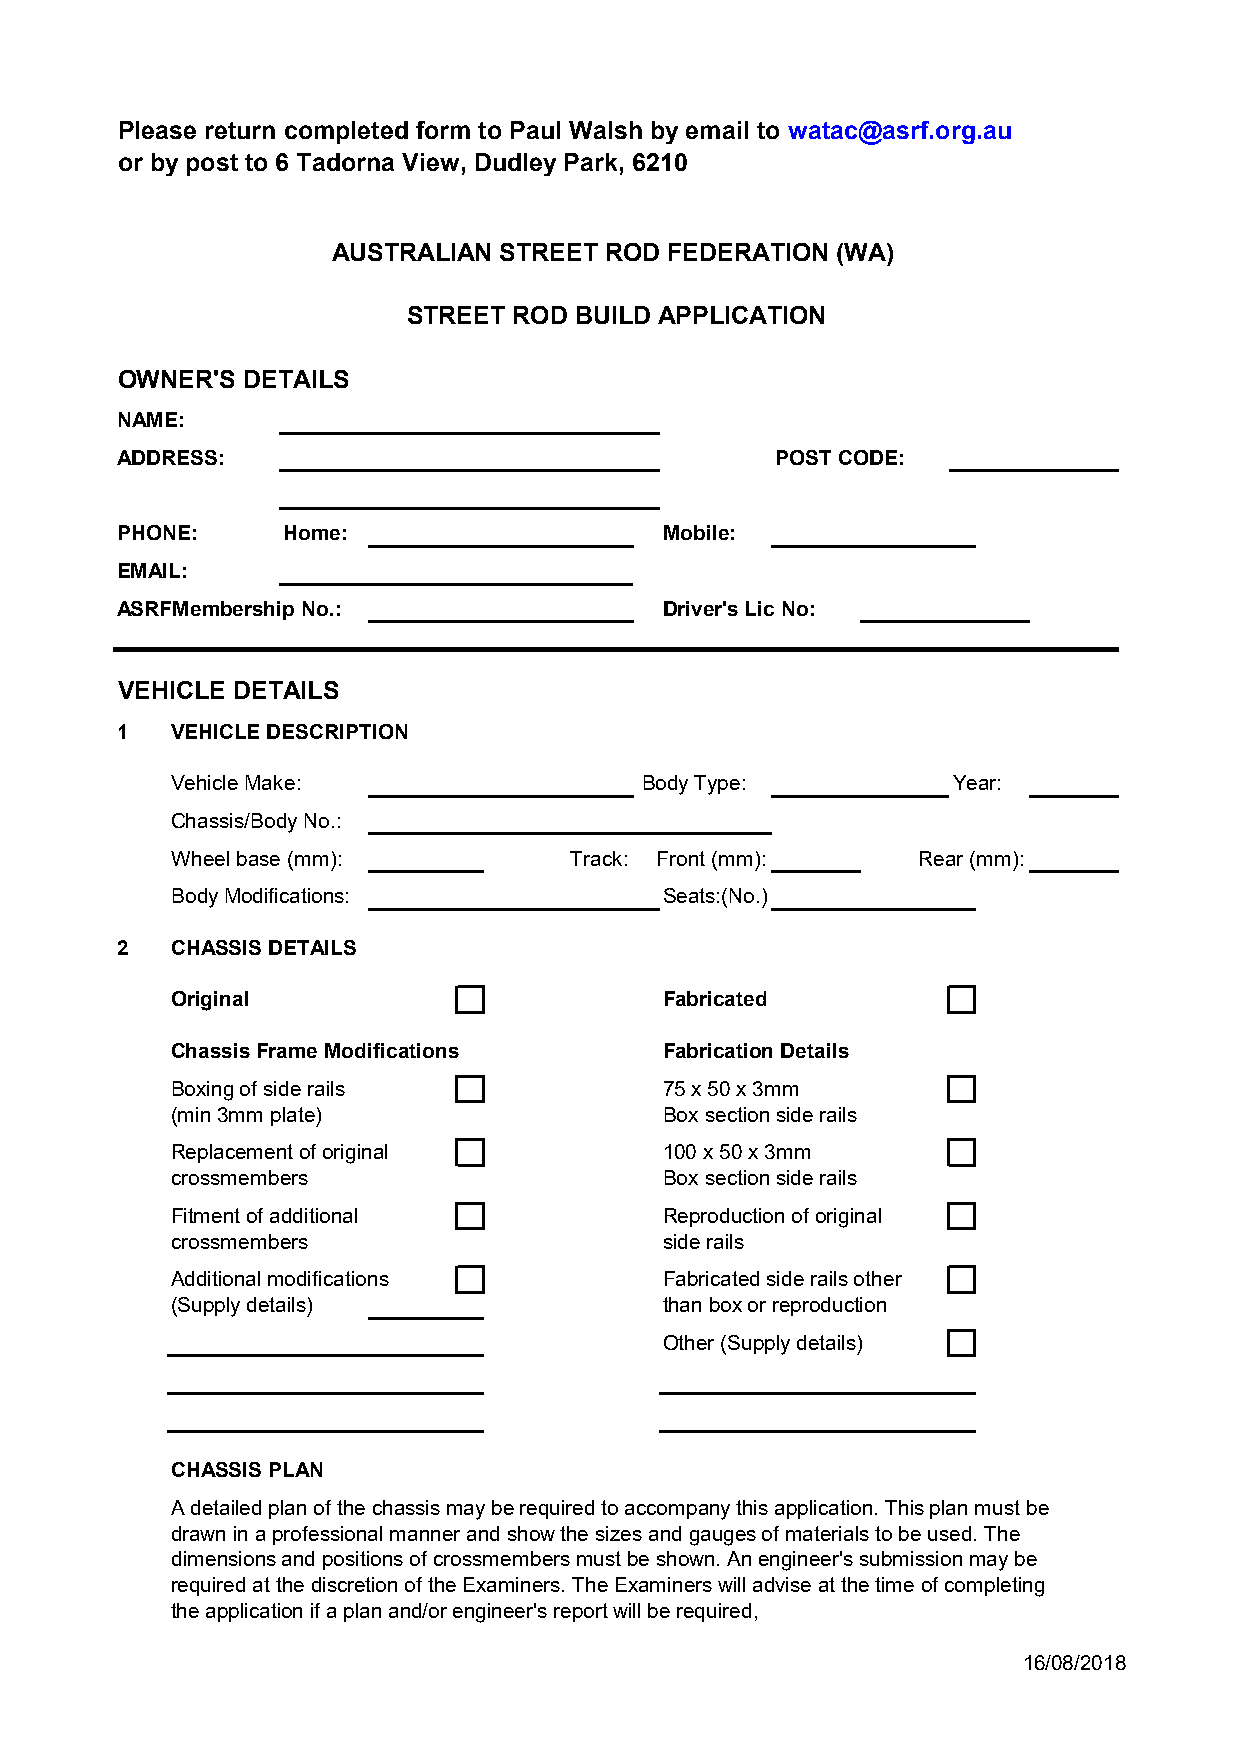
Please return completed form to Paul Walsh by email to watac@asrf.org.au
 or by post to 6 Tadorna View, Dudley Park, 6210
 AUSTRALIAN STREET ROD FEDERATION (WA)
 STREET ROD BUILD APPLICATION
 OWNER'S DETAILS
 NAME:
 ADDRESS:                                   POST CODE:
 PHONE:     Home:                    Mobile:
 EMAIL:
 ASRFMembership No.:                 Driver's Lic No:
 VEHICLE DETAILS
 1  VEHICLE DESCRIPTION
 Vehicle Make:                   Body Type:          Year:
 Chassis/Body No.:
 Wheel base (mm):           Track: Front (mm):     Rear (mm):
 Body Modifications:              Seats:(No.)
 2  CHASSIS DETAILS
 Original                         Fabricated
 Chassis Frame Modifications      Fabrication Details
 Boxing of side rails             75 x 50 x 3mm
 (min 3mm plate)                  Box section side rails
 Replacement of original          100 x 50 x 3mm
 crossmembers                     Box section side rails
 Fitment of additional            Reproduction of original
 crossmembers                     side rails
 Additional modifications         Fabricated side rails other
 (Supply details)                 than box or reproduction
 Other (Supply details)
 CHASSIS PLAN
 A detailed plan of the chassis may be required to accompany this application. This plan must be
 drawn in a professional manner and show the sizes and gauges of materials to be used. The
 dimensions and positions of crossmembers must be shown. An engineer's submission may be
 required at the discretion of the Examiners. The Examiners will advise at the time of completing
 the application if a plan and/or engineer's report will be required,
 16/08/2018